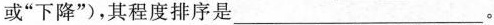
或”下降”)，其程度排序是___。